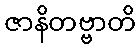
ဇာနိတဗ္ဗာတိ